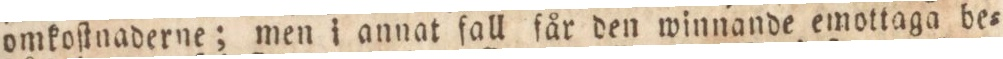
omkoſtnaderne; men i annat fall får den winnande emottaga be=